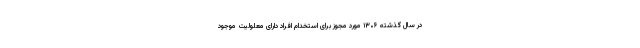
در سال گذشته ۱۳۰۶ مورد مجوز برای استخدام افراد دارای معلولیت موجود